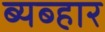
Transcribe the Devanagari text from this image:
ब्यब्हार